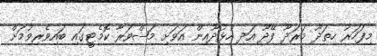
މިފަހަރު ހިތަދޫ މަރަދޫ ފޭދޫ އަދި ހުޅުދޫއިން އަވަށި މަޝްވަރާ ކޮމެޓީގައި ބައިވެރިވުމަށް